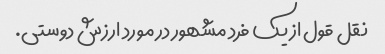
نقل قول از یک فرد مشهور در مورد ارزش دوستی.